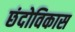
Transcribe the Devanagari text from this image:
छंदोविकास